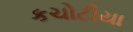
કચોટીયા